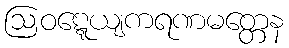
ဩဝဋ္ဋေယျကရဏမတ္တေန